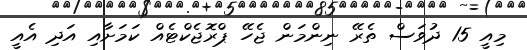
މިއީ 15 ދުވަސް ތެރޭ ނިންމަން ޖެހޭ ޕްރޮޖެކްޓެއް ކަމަށާއި އަދި އެއީ